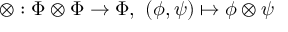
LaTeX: \otimes : \Phi \otimes \Phi \rightarrow \Phi , ~ ( \phi , \psi ) \mapsto \phi \otimes \psi